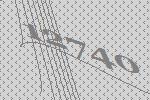
12740